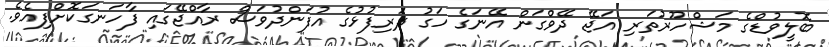
ބޮލީވުޑްގެ މަޝްހޫރުތަރި އަޖޭ ދޭވްގަން އޭނަގެ ހަގު ދަރިފުޅުގެ އުފަންދުވަސް ރާއްޖޭގައި ފާހަނގަކޮށްފިއެވެ.